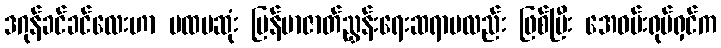
ဒဂုန်ခင်ခင်လေးဟာ ပထမဆုံး မြန်မာဇာတ်ညွှန်းရေးဆရာမလည်း ဖြစ်ပြီး အေဝမ်းရုပ်ရှင်က